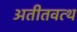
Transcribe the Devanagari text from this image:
अतीतवत्थ